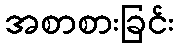
အစာစားခြင်း